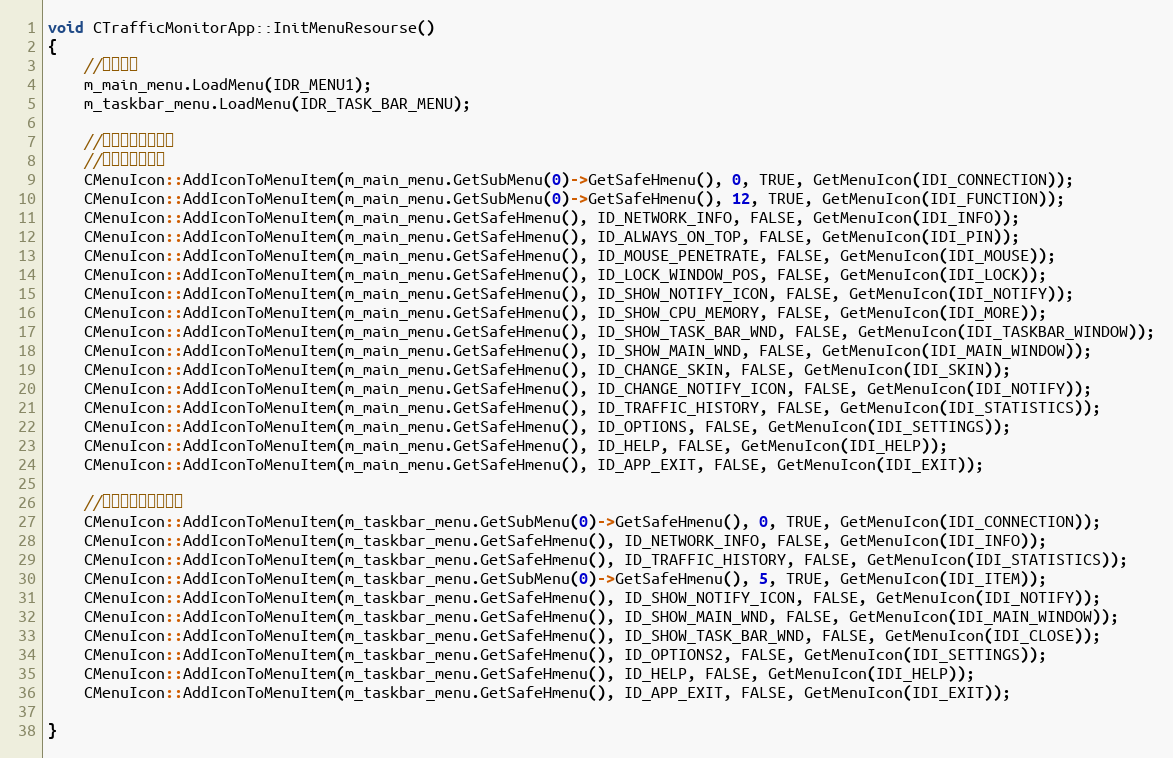
Language: C++
void CTrafficMonitorApp::InitMenuResourse()
{
    //载入菜单
    m_main_menu.LoadMenu(IDR_MENU1);
    m_taskbar_menu.LoadMenu(IDR_TASK_BAR_MENU);

    //为菜单项添加图标
    //主窗口右键菜单
    CMenuIcon::AddIconToMenuItem(m_main_menu.GetSubMenu(0)->GetSafeHmenu(), 0, TRUE, GetMenuIcon(IDI_CONNECTION));
    CMenuIcon::AddIconToMenuItem(m_main_menu.GetSubMenu(0)->GetSafeHmenu(), 12, TRUE, GetMenuIcon(IDI_FUNCTION));
    CMenuIcon::AddIconToMenuItem(m_main_menu.GetSafeHmenu(), ID_NETWORK_INFO, FALSE, GetMenuIcon(IDI_INFO));
    CMenuIcon::AddIconToMenuItem(m_main_menu.GetSafeHmenu(), ID_ALWAYS_ON_TOP, FALSE, GetMenuIcon(IDI_PIN));
    CMenuIcon::AddIconToMenuItem(m_main_menu.GetSafeHmenu(), ID_MOUSE_PENETRATE, FALSE, GetMenuIcon(IDI_MOUSE));
    CMenuIcon::AddIconToMenuItem(m_main_menu.GetSafeHmenu(), ID_LOCK_WINDOW_POS, FALSE, GetMenuIcon(IDI_LOCK));
    CMenuIcon::AddIconToMenuItem(m_main_menu.GetSafeHmenu(), ID_SHOW_NOTIFY_ICON, FALSE, GetMenuIcon(IDI_NOTIFY));
    CMenuIcon::AddIconToMenuItem(m_main_menu.GetSafeHmenu(), ID_SHOW_CPU_MEMORY, FALSE, GetMenuIcon(IDI_MORE));
    CMenuIcon::AddIconToMenuItem(m_main_menu.GetSafeHmenu(), ID_SHOW_TASK_BAR_WND, FALSE, GetMenuIcon(IDI_TASKBAR_WINDOW));
    CMenuIcon::AddIconToMenuItem(m_main_menu.GetSafeHmenu(), ID_SHOW_MAIN_WND, FALSE, GetMenuIcon(IDI_MAIN_WINDOW));
    CMenuIcon::AddIconToMenuItem(m_main_menu.GetSafeHmenu(), ID_CHANGE_SKIN, FALSE, GetMenuIcon(IDI_SKIN));
    CMenuIcon::AddIconToMenuItem(m_main_menu.GetSafeHmenu(), ID_CHANGE_NOTIFY_ICON, FALSE, GetMenuIcon(IDI_NOTIFY));
    CMenuIcon::AddIconToMenuItem(m_main_menu.GetSafeHmenu(), ID_TRAFFIC_HISTORY, FALSE, GetMenuIcon(IDI_STATISTICS));
    CMenuIcon::AddIconToMenuItem(m_main_menu.GetSafeHmenu(), ID_OPTIONS, FALSE, GetMenuIcon(IDI_SETTINGS));
    CMenuIcon::AddIconToMenuItem(m_main_menu.GetSafeHmenu(), ID_HELP, FALSE, GetMenuIcon(IDI_HELP));
    CMenuIcon::AddIconToMenuItem(m_main_menu.GetSafeHmenu(), ID_APP_EXIT, FALSE, GetMenuIcon(IDI_EXIT));

    //任务栏窗口右键菜单
    CMenuIcon::AddIconToMenuItem(m_taskbar_menu.GetSubMenu(0)->GetSafeHmenu(), 0, TRUE, GetMenuIcon(IDI_CONNECTION));
    CMenuIcon::AddIconToMenuItem(m_taskbar_menu.GetSafeHmenu(), ID_NETWORK_INFO, FALSE, GetMenuIcon(IDI_INFO));
    CMenuIcon::AddIconToMenuItem(m_taskbar_menu.GetSafeHmenu(), ID_TRAFFIC_HISTORY, FALSE, GetMenuIcon(IDI_STATISTICS));
    CMenuIcon::AddIconToMenuItem(m_taskbar_menu.GetSubMenu(0)->GetSafeHmenu(), 5, TRUE, GetMenuIcon(IDI_ITEM));
    CMenuIcon::AddIconToMenuItem(m_taskbar_menu.GetSafeHmenu(), ID_SHOW_NOTIFY_ICON, FALSE, GetMenuIcon(IDI_NOTIFY));
    CMenuIcon::AddIconToMenuItem(m_taskbar_menu.GetSafeHmenu(), ID_SHOW_MAIN_WND, FALSE, GetMenuIcon(IDI_MAIN_WINDOW));
    CMenuIcon::AddIconToMenuItem(m_taskbar_menu.GetSafeHmenu(), ID_SHOW_TASK_BAR_WND, FALSE, GetMenuIcon(IDI_CLOSE));
    CMenuIcon::AddIconToMenuItem(m_taskbar_menu.GetSafeHmenu(), ID_OPTIONS2, FALSE, GetMenuIcon(IDI_SETTINGS));
    CMenuIcon::AddIconToMenuItem(m_taskbar_menu.GetSafeHmenu(), ID_HELP, FALSE, GetMenuIcon(IDI_HELP));
    CMenuIcon::AddIconToMenuItem(m_taskbar_menu.GetSafeHmenu(), ID_APP_EXIT, FALSE, GetMenuIcon(IDI_EXIT));

}